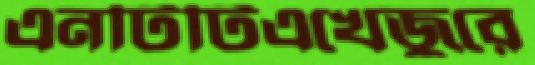
এনটিটিএখেজুরে